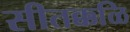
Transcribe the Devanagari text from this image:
सीतक्कळि